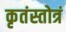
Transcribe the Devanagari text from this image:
कृतंस्तोत्रं